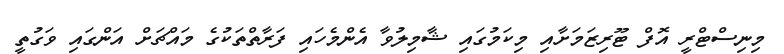
މިނިސްޓްރީ އޮފް ޓޫރިޒަމަށާއި މިކަމުގައި ޝާމިލުވާ އެންމެހައި ފަރާތްތަކުގެ މައްޗަށް އަންގައި ވަގުތީ